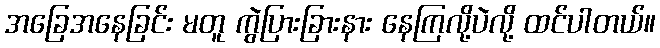
အခြေအနေခြင်း မတူ ကွဲပြားခြားနား နေကြလို့ပဲလို့ ထင်ပါတယ်။